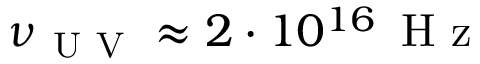
\nu _ { \mathrm { ~ U ~ V ~ } } \approx 2 \cdot 1 0 ^ { 1 6 } \, \mathrm { ~ H ~ z ~ }